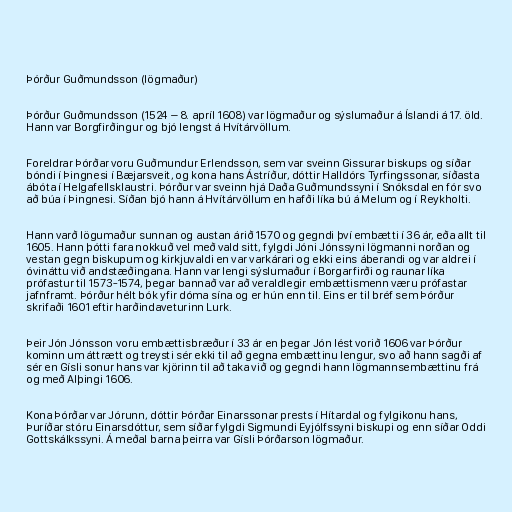
Þórður Guðmundsson (lögmaður)

Þórður Guðmundsson (1524 – 8. apríl 1608) var lögmaður og sýslumaður á Íslandi á 17. öld.
Hann var Borgfirðingur og bjó lengst á Hvítárvöllum.

Foreldrar Þórðar voru Guðmundur Erlendsson, sem var sveinn Gissurar biskups og síðar
bóndi í Þingnesi í Bæjarsveit, og kona hans Ástríður, dóttir Halldórs Tyrfingssonar, síðasta
ábóta í Helgafellsklaustri. Þórður var sveinn hjá Daða Guðmundssyni í Snóksdal en fór svo
að búa í Þingnesi. Síðan bjó hann á Hvítárvöllum en hafði líka bú á Melum og í Reykholti.

Hann varð lögumaður sunnan og austan árið 1570 og gegndi því embætti í 36 ár, eða allt til
1605. Hann þótti fara nokkuð vel með vald sitt, fylgdi Jóni Jónssyni lögmanni norðan og
vestan gegn biskupum og kirkjuvaldi en var varkárari og ekki eins áberandi og var aldrei í
óvináttu við andstæðingana. Hann var lengi sýslumaður í Borgarfirði og raunar líka
prófastur til 1573-1574, þegar bannað var að veraldlegir embættismenn væru prófastar
jafnframt. Þórður hélt bók yfir dóma sína og er hún enn til. Eins er til bréf sem Þórður
skrifaði 1601 eftir harðindaveturinn Lurk.

Þeir Jón Jónsson voru embættisbræður í 33 ár en þegar Jón lést vorið 1606 var Þórður
kominn um áttrætt og treysti sér ekki til að gegna embættinu lengur, svo að hann sagði af
sér en Gísli sonur hans var kjörinn til að taka við og gegndi hann lögmannsembættinu frá
og með Alþingi 1606.

Kona Þórðar var Jórunn, dóttir Þórðar Einarssonar prests í Hítardal og fylgikonu hans,
Þuríðar stóru Einarsdóttur, sem síðar fylgdi Sigmundi Eyjólfssyni biskupi og enn síðar Oddi
Gottskálkssyni. Á meðal barna þeirra var Gísli Þórðarson lögmaður.